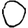
Digit: 0